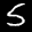
Label: 5